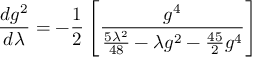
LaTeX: \frac { d g ^ { 2 } } { d \lambda } = - \frac { 1 } { 2 } \left[ \frac { g ^ { 4 } } { \frac { 5 \lambda ^ { 2 } } { 4 8 } - \lambda g ^ { 2 } - \frac { 4 5 } { 2 } g ^ { 4 } } \right]